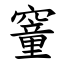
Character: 䆹